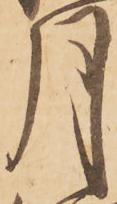
月